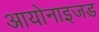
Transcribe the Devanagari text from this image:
आयोनाइजड